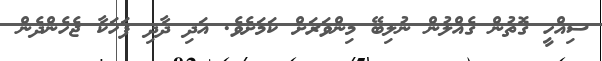
ސިއްހީ ގޮތުން ގެއްލުން ނުލިބޭ މިންވަރަށް ކަމަށެވެ. އަދި ދާދި ފަހަކާ ޖެހެންދެން